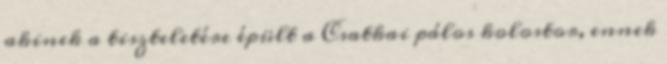
akinek a tiszteletére épült a Csatkai pálos kolostor, ennek